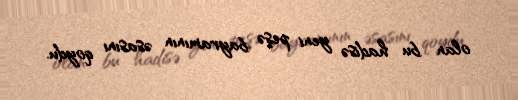
olan bu hadisə yeni peşə bayramının əsasını qoydu.